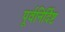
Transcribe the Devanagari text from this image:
पूर्वनिर्दिष्ट